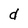
Character: d